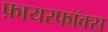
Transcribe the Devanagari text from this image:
फ़ायरफॉक्स